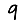
Digit: 9